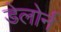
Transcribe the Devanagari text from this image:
डेलोर्न